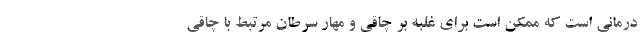
درمانی است که ممکن است برای غلبه بر چاقی و مهار سرطان مرتبط با چاقی